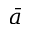
\bar { a }